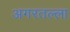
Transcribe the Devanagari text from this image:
अगरतल्ला